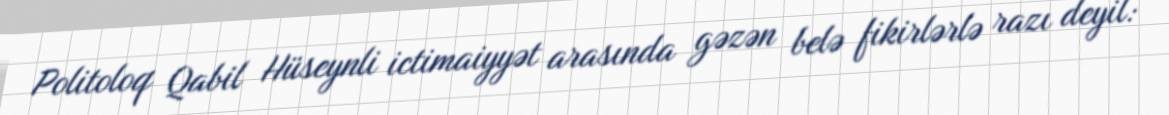
Politoloq Qabil Hüseynli ictimaiyyət arasında gəzən belə fikirlərlə razı deyil: